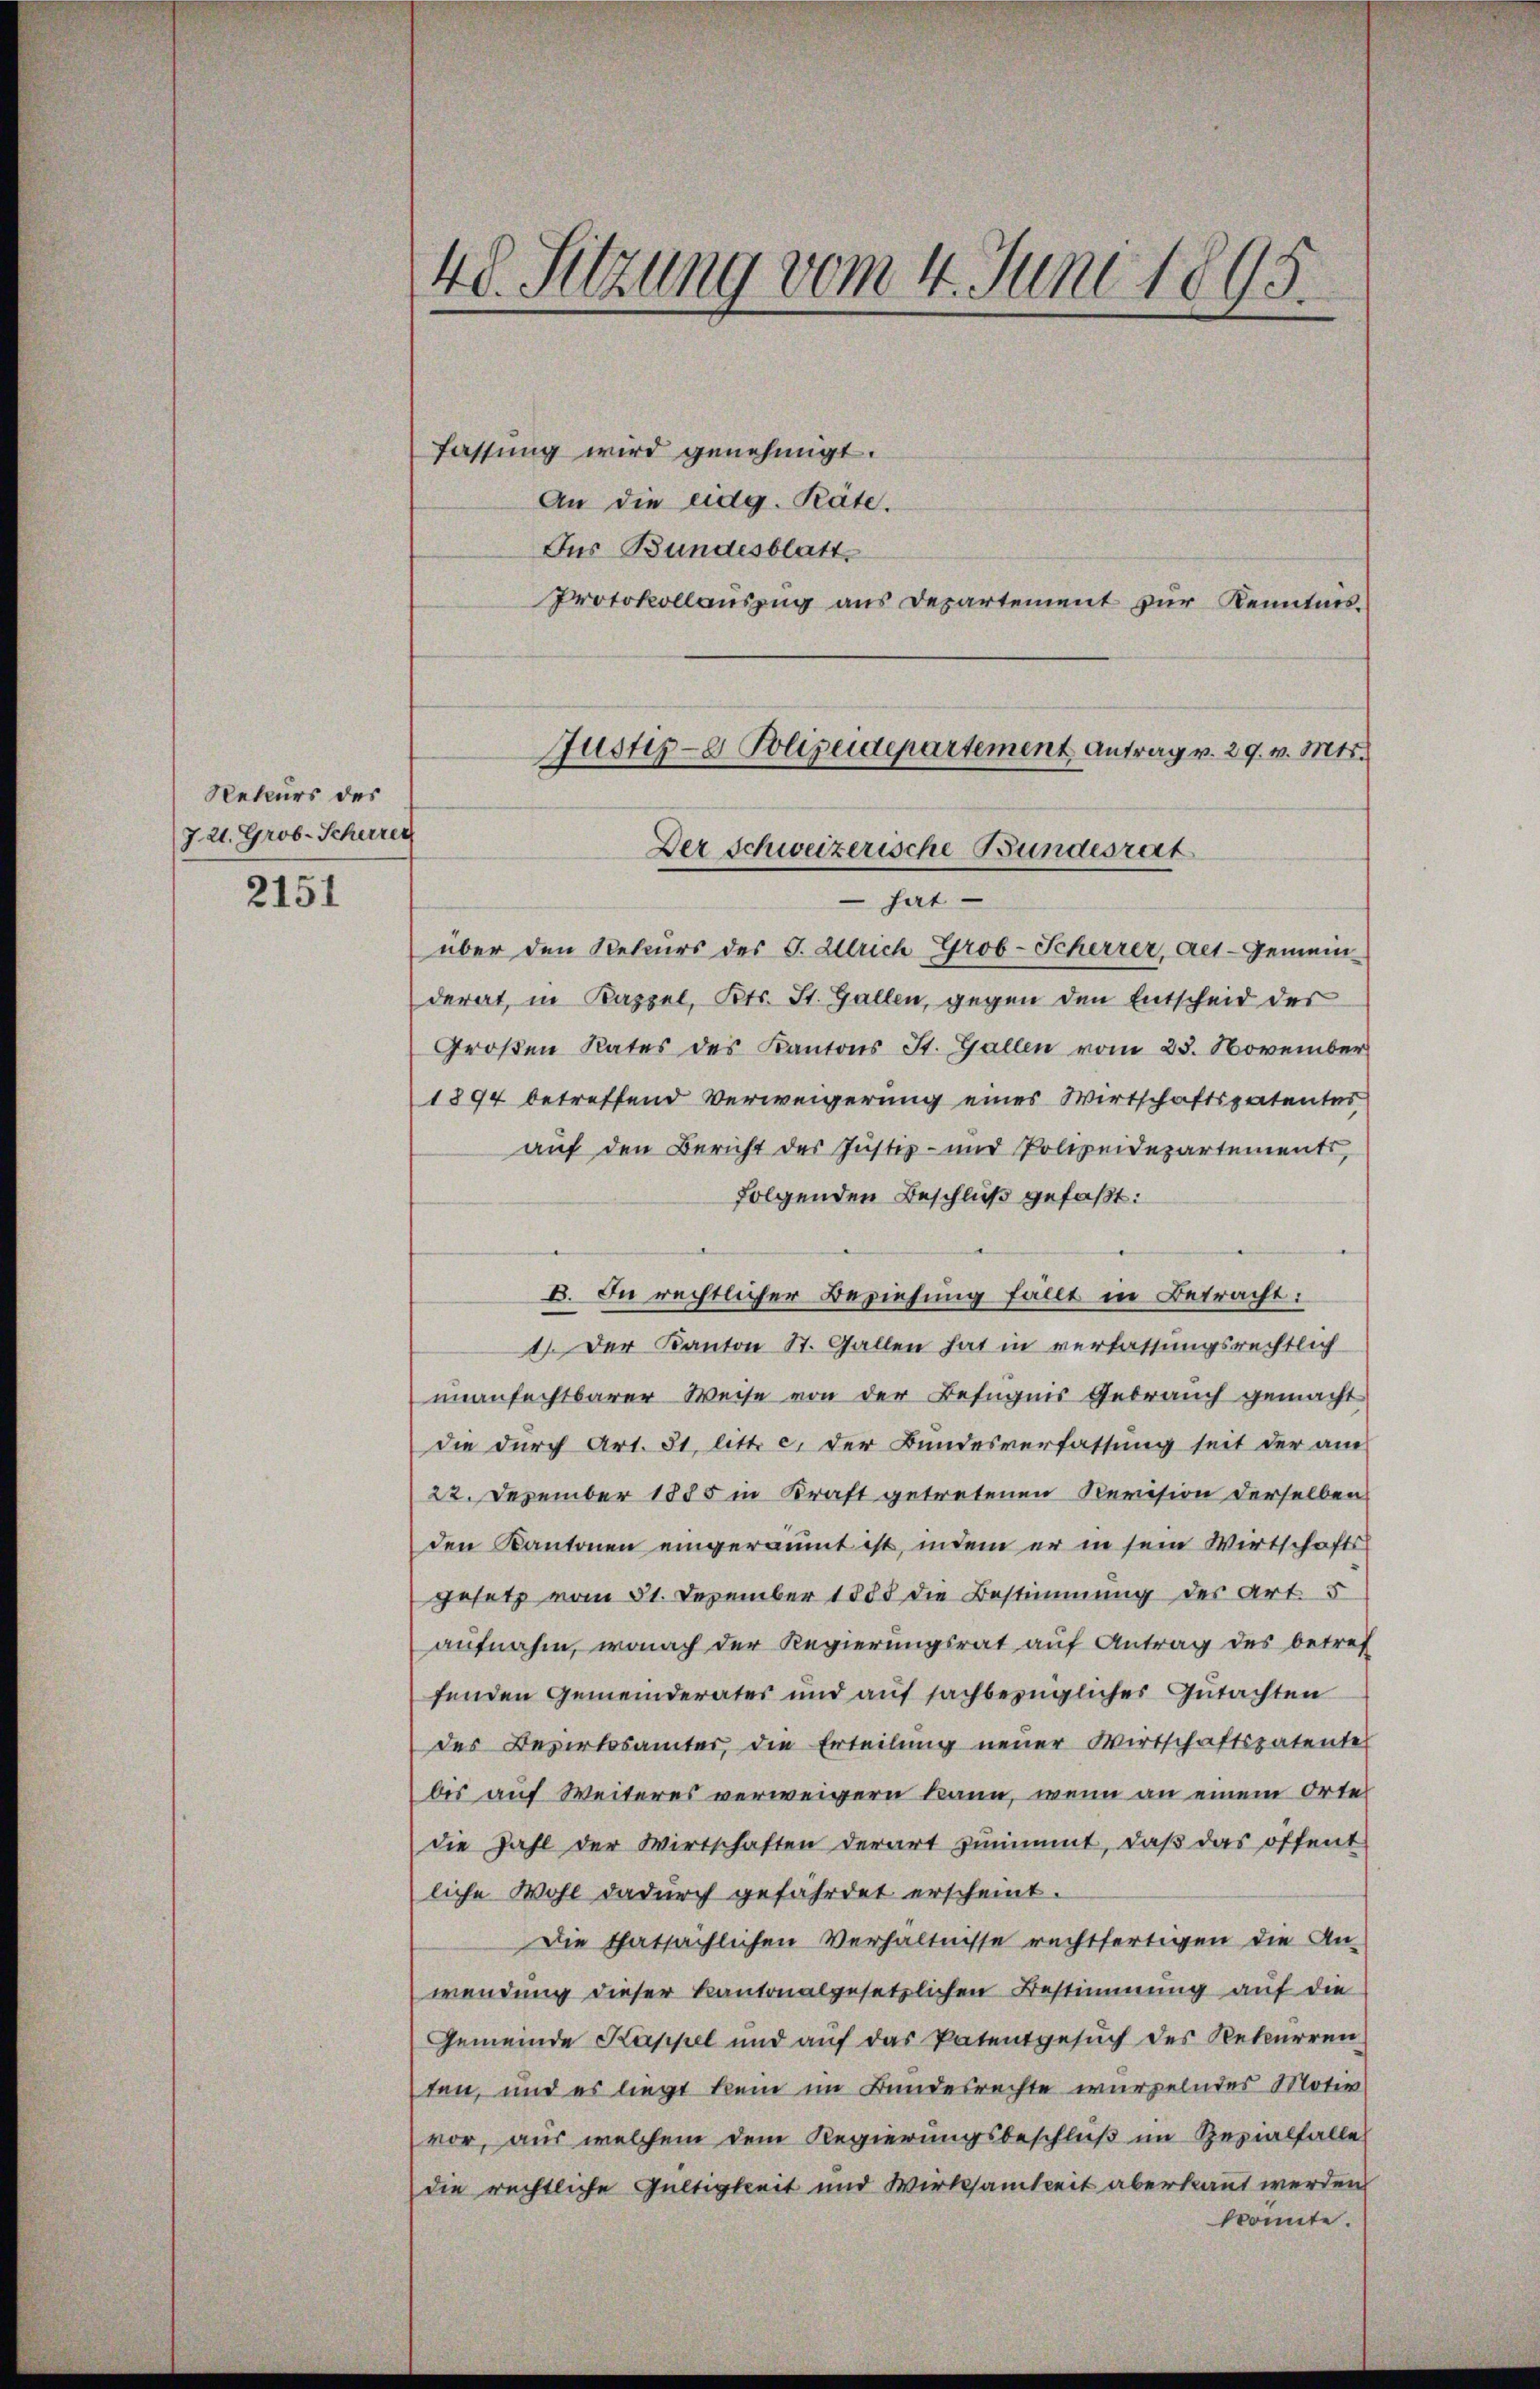
Rekurs des
J. 21. Grob. Scherrec

2151

48. Sitzung vom 4. Juni 1895.

fassung wird genehmigt.
An die eidg. Päte.
Der Bundesblatt,
Protokollauszug aus Departement zur Kenntnis¬
 hat
über den Rekurs des G. Ulrich Grob-Scherrer, Alt-Gemeinderat, in Kappel, Kts. St. Gallen, gegen den Entscheid der
Großen Rates des Kantons St. Gallen vom 23. November
1894 betreffend Verweigerung eines Wirtschaftspatentei
auf den Bericht des Justiz- und Polizeidepartements,
folgenden Beschluß gefaßt:
8. In rechtlicher Beziehung fällt in Betracht:
1) Der Kanton St. Gallen hat in verfassungsrechtlich
unanfechtbarer Weise von der Befugnis Gebrauch gemacht
die durch Art. 31 litt. c. der Bundesverfassung seit der am
22. Dezember 1885 in Kraft getretenen Revision derselben
den Kantonen eingeräumt ist, indem er in sein Wirtschafts
gesetz vom 21. Dezember 1883 die Bestimmung des Art. 5
aufnahm, wonach der Regierungsrat auf Antrag des betref
fenden Gemeinderates und auf sachbezügliches Gutachten
des Bezirksamter, die Erteilung neuer Wirtschaftspatente
bis auf Weiteres verweigern kann, wenn an einem Orte
die Zahl der Wirtschaften derart zunimmt, daß das öffent
liche Wohl dadurch gefährdet erscheint.
Die thatsächlichen Verhältnisse rechtfertigen die An-
wendung dieser kantonalgesetzlichen Bestimmung auf die
Gemeinde Kappel und auf das Patentgesuch des Rekurren
ten, und es liegt kein im Bundesrechte wurzelndes Motiv
vor, aus welchem dem Regierungsbeschluß im Rezialfalle
die rechtliche Gültigkeit und Wirksamkeit aberkannt werden
könnte.

Justiz- & Polizeidepartement Antrag v. 29. v. Mts.
Der Schweizerische Bundesrat